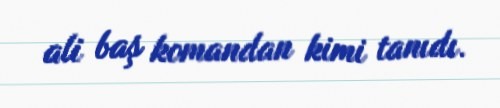
ali baş komandan kimi tanıdı.